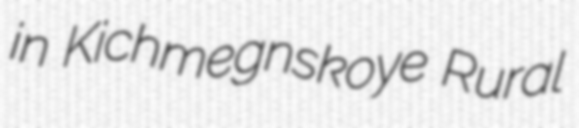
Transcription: in Kichmegnskoye Rural